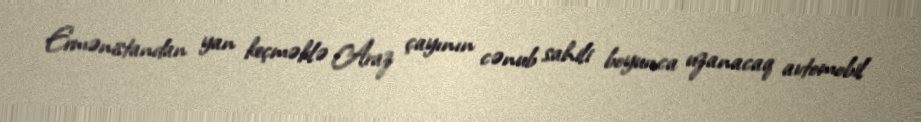
Ermənistandan yan keçməklə Araz çayının cənub sahili boyunca uzanacaq avtomobil